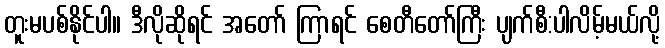
တူးမပစ်နိုင်ပါ။ ဒီလိုဆိုရင် အတော် ကြာရင် စေတီတော်ကြီး ပျက်စီ:ပါလိမ့်မယ်လို့